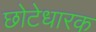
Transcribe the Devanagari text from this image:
छोटेधारक